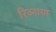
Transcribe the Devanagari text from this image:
रिव्नाया